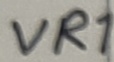
Text: VR1